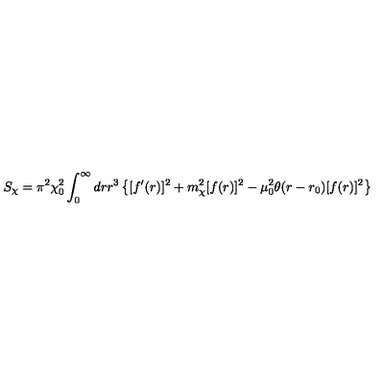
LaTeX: S _ { \chi } = \pi ^ { 2 } \chi _ { 0 } ^ { 2 } \int _ { 0 } ^ { \infty } d r r ^ { 3 } \left\{ [ f ^ { \prime } ( r ) ] ^ { 2 } + m _ { \chi } ^ { 2 } [ f ( r ) ] ^ { 2 } - \mu _ { 0 } ^ { 2 } \theta ( r - r _ { 0 } ) [ f ( r ) ] ^ { 2 } \right\}